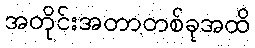
အတိုင်းအတာတစ်ခုအထိ